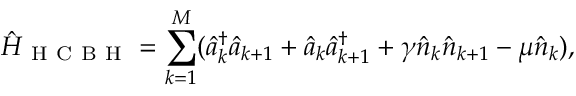
\hat { H } _ { \mathrm { ~ H ~ C ~ B ~ H ~ } } = \sum _ { k = 1 } ^ { M } ( \hat { a } _ { k } ^ { \dag } \hat { a } _ { k + 1 } + \hat { a } _ { k } \hat { a } _ { k + 1 } ^ { \dag } + \gamma \hat { n } _ { k } \hat { n } _ { k + 1 } - \mu \hat { n } _ { k } ) ,